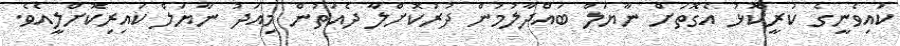
ކައިވެނީގެ ކުރީކޮޅު އެގޮތަށް ނާޔަލް ބައްދާލުމުން ދުރުކޮށްލާ ދެއަތުން މިއަދު ނާޔަލް ކައިރިކޮށްލީއެވެ.